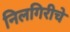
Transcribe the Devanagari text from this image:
निलगिरीचे